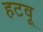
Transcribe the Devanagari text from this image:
हटवू